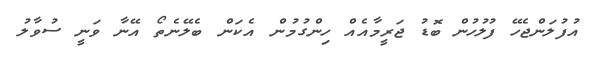
އުފުލަންޖެހޭ ފުލުހުން ބޮޑު ޖަރީމާއެއް ހިންގުމުން އެކަން ބެލޭނެތޯ އޭނާ ވަނީ ސުވާލު